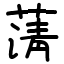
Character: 蔳